画像に写った文字を読んでください
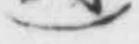
「)」と書いてあります